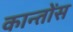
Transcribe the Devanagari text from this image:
कान्तोंस